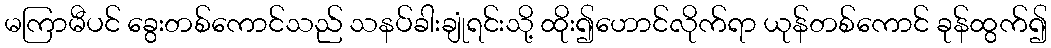
မကြာမီပင် ခွေးတစ်ကောင်သည် သနပ်ခါးချုံရင်းသို့ ထိုး၍ဟောင်လိုက်ရာ ယုန်တစ်ကောင် ခုန်ထွက်၍